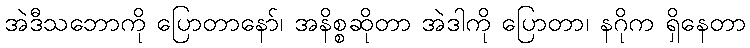
အဲဒီသဘောကို ပြောတာနော်၊ အနိစ္စဆိုတာ အဲဒါကို ပြောတာ၊ နဂိုက ရှိနေတာ